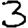
Digit: 3